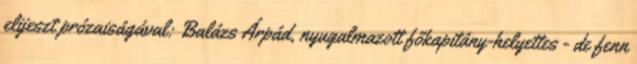
elijeszt prózaiságával: Balázs Árpád, nyugalmazott főkapitány-helyettes - de fenn